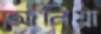
আনিয়া